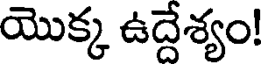
యొక్క ఉద్దేశ్యం!